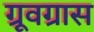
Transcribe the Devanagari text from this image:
ग्रूवग्रास